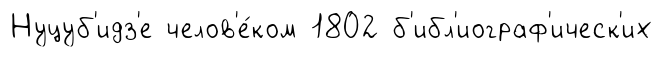
Нуцуб'идз'е челов'е́ком 1802 б'ибл'иограф'ическ'их